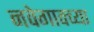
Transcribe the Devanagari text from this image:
नवेगावच्या